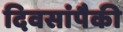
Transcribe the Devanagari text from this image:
दिवसांंपैकी